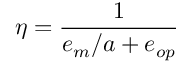
\eta = \frac { 1 } { e _ { m } / a + e _ { o p } }